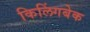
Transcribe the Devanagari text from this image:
किलिंगबेक